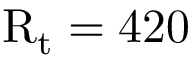
\mathrm { R } _ { \mathrm { t } } = 4 2 0